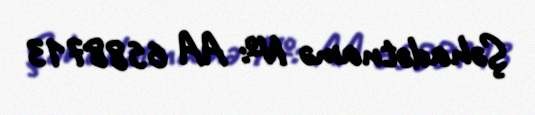
Şəhadətnamə №: AA 6588713